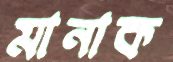
মানাক